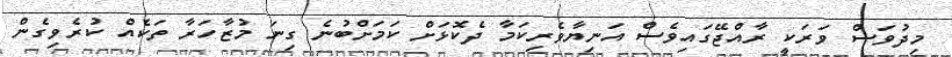
މިދުވަސް ވަރަކީ ރާއްޖޭގައިވެސް އަނިޔާވެރިކަމާ ދެކޮޅަށް ކަމަށްބުނެ ގިނަ މުޒާހަރާ ތަކެއް ކުރެވިގެން